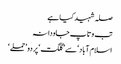
صلہ شہید کیا ہے
تب وتاپ جاودانہ
اسلام آباد‘ سے ’گلگت‘ پر دو ’حملے ‘